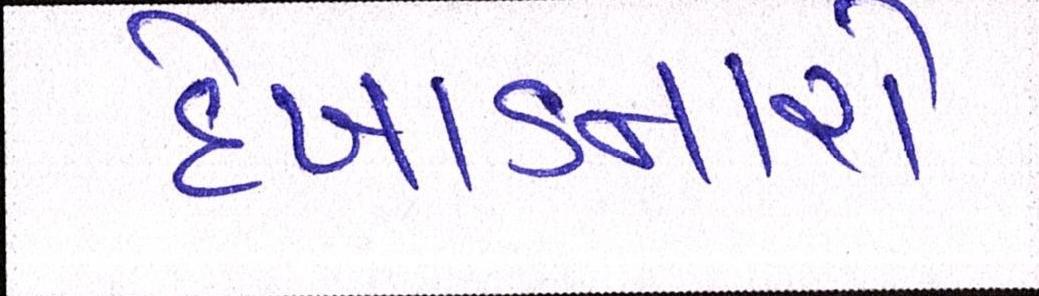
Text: દેખાડનારો